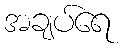
အချပ်ရေ